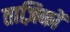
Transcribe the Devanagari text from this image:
ताज़िकों